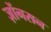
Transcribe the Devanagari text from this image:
ज़ोंनसन